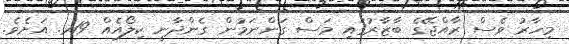
މިހާރު ވެސް ރާއްޖޭގެ ބާޒާރުގައި މަސް ގަންނަމުން ގެންދާނީ ކިލޯއެއް 19ރ. އަށެވެ.